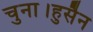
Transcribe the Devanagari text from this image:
चुना।हुसैन